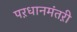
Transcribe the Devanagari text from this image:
पऱधानमंतऱी